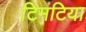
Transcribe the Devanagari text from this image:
टिमटिया